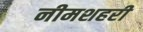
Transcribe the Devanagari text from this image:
नीमशहरी